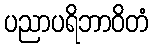
ပညာပရိဘာဝိတံ